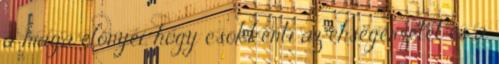
a maga előnyei, hogy csökkenti az éhségérzetet és a